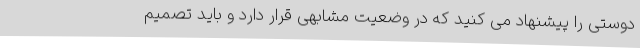
دوستی را پیشنهاد می کنید که در وضعیت مشابهی قرار دارد و باید تصمیم